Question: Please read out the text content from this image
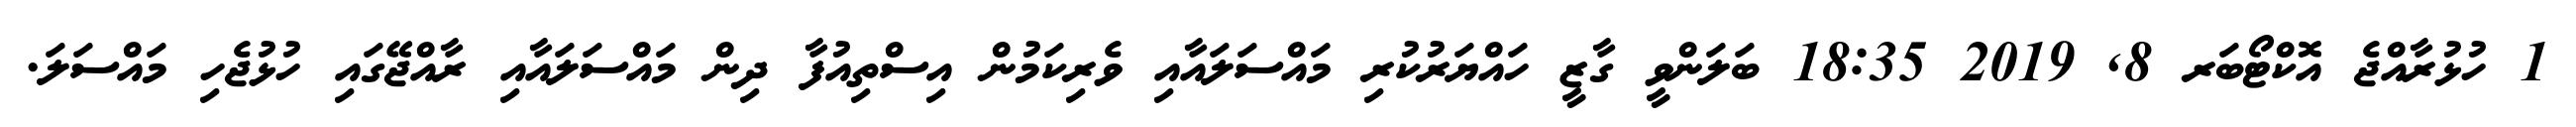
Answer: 1 ހުޅުރާއްޖެ އޮކްޓޯބަރ 8, 2019 18:35 ބަލަންވީ ގާޒީ ހައްޔަރުކުރި މައްސަލައާއި ވެރިކަމުން އިސްތިއުފާ ދިން މައްސަލައާއި ރާއްޖޭގައި ހުޅުޖެހި މައްސަލަ.